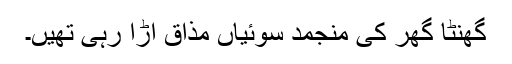
گھنٹا گھر کی منجمد سوئیاں مذاق اڑا رہی تھیں۔